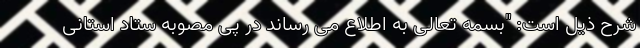
شرح ذیل است: "بسمه تعالی به اطلاع می رساند در پی مصوبه ستاد استانی